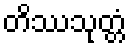
တိဿသုတ္တံ